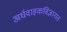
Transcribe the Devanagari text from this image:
अर्धवाहकविज्ञानात